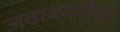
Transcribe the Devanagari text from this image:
जवाबदारीतून